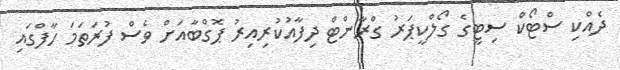
ދެއްކި ސްޓޯކް ސިޓީގެ ގޯލްކީޕަރު ގްރާންޓް ދިފާއުކުރިއިރު ޕޮގްބާއަށް ވެސް ފުރަތަމަ ހާފްގައި